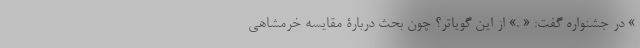
» در جشنواره گفت: « .» از این گویاتر؟ چون بحث دربارۀ مقایسه خرمشاهی